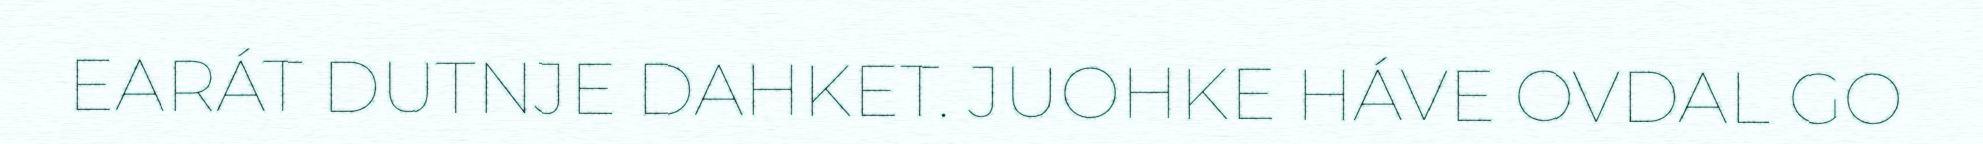
EARÁT DUTNJE DAHKET. JUOHKE HÁVE OVDAL GO